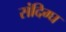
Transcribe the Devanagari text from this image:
संदिग्घ